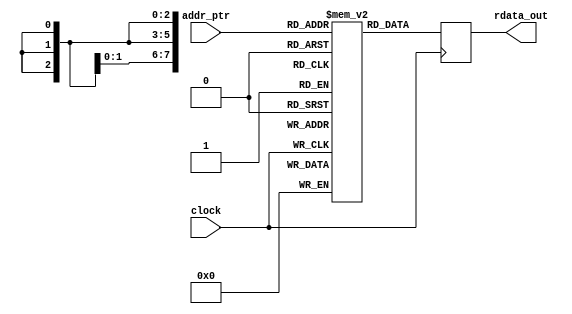
module mr_rom_pll_dprioaddr #(
    parameter ROM_SIZE        = 8,
    parameter TOTAL_ROM_DEPTH = 7,
    parameter ADDR_WIDTH      = 3			      
) (
    input  wire                  clock,
    input  wire [ADDR_WIDTH-1:0] addr_ptr,
    output wire [ROM_SIZE-1:0]   rdata_out
);

reg  [ROM_SIZE-1:0]   ROM [0:TOTAL_ROM_DEPTH-1];
wire [ROM_SIZE-1:0]   DATAA = {ROM_SIZE{1'b0}};
wire [ADDR_WIDTH-1:0] RADDR;
   
initial begin
           // ADDR_OFST 
    ROM[0] <= 8'h90; // m
    ROM[1] <= 8'hA0; // n
    ROM[2] <= 8'hC0; // c0
    ROM[3] <= 8'hC1; // c1
    ROM[4] <= 8'hC2; // c2
    ROM[5] <= 8'h20; // cp
    ROM[6] <= 8'h40; // bw
    // Set the rest to all zeros
    ROM[7] <= 8'h00;
end

// write is unused
wire [ADDR_WIDTH-1:0] ADDRA = {ADDR_WIDTH{1'b0}}; 
wire                  WEA   = 1'b0; 
always @ (posedge clock)
begin
    if (WEA) begin
        ROM[ADDRA] <= DATAA;
    end
end
   
assign RADDR = addr_ptr;
   
reg [ROM_SIZE-1:0] RDATA;
always @ (posedge clock)
begin
     RDATA <= ROM[RADDR];
end

assign rdata_out = RDATA;
   
endmodule